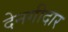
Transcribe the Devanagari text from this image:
देनगीदार